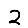
Digit: 2